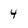
Character: 4